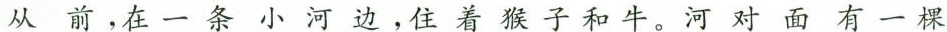
从前，在一条小河边，住着猴子和牛。河对面有一棵